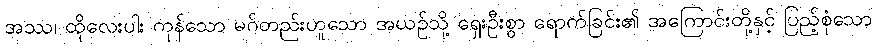
အဿ၊ ထိုလေးပါး ကုန်သော မဂ်တည်းဟူသော အယဉ်သို့ ရှေးဦးစွာ ရောက်ခြင်း၏ အကြောင်းတို့နှင့် ပြည့်စုံသော